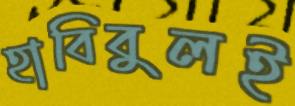
হাবিবুলই